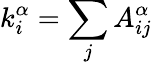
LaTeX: k_{i}^{\alpha}=\sum_{j}{A_{ij}^{\alpha}}